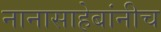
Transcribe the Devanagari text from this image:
नानासाहेबांनीच